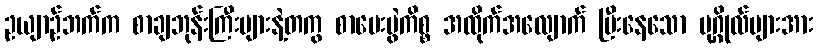
ဥယျာဉ်ဘက်က စာချဘုန်းကြီးများနဲ့တကွ စာမေးပွဲကိစ္စ အထိုက်အလျောက် ပြီးနေသော ပုဂ္ဂိုလ်များအား